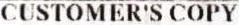
CUSTOMER'S COPY